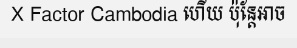
X Factor Cambodia ហើយ ប៉ុន្តែអាច